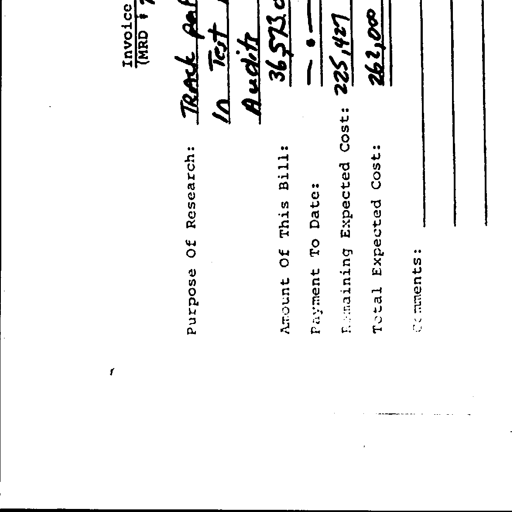
Invoice
(MRD # 7
Purpose of Research: TRACK pat
In Test l
Audit
Amount Of This Bill: 36,573.0
Payment To Date: -- 0 --
Remaining Expected Cost: 225,427
Total Expected Cost: 262,000
Comments: